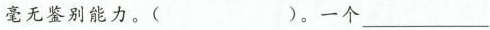
毫无鉴别能力。（ ）。一个___